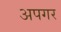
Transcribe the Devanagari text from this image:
अपगर